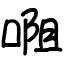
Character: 唨